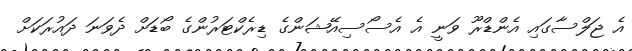
އެ ޖަލްސާގައި އެންޑްރޫ ވަނީ އެ އެސޯސިއޭޝަންގެ ޑިރެކްޓަރުންގެ ބޯޑަށް ދެވަނަ ދައުރަކަށް